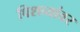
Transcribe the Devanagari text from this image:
पिशव्यांवर